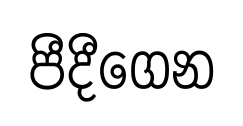
පීදීගෙන